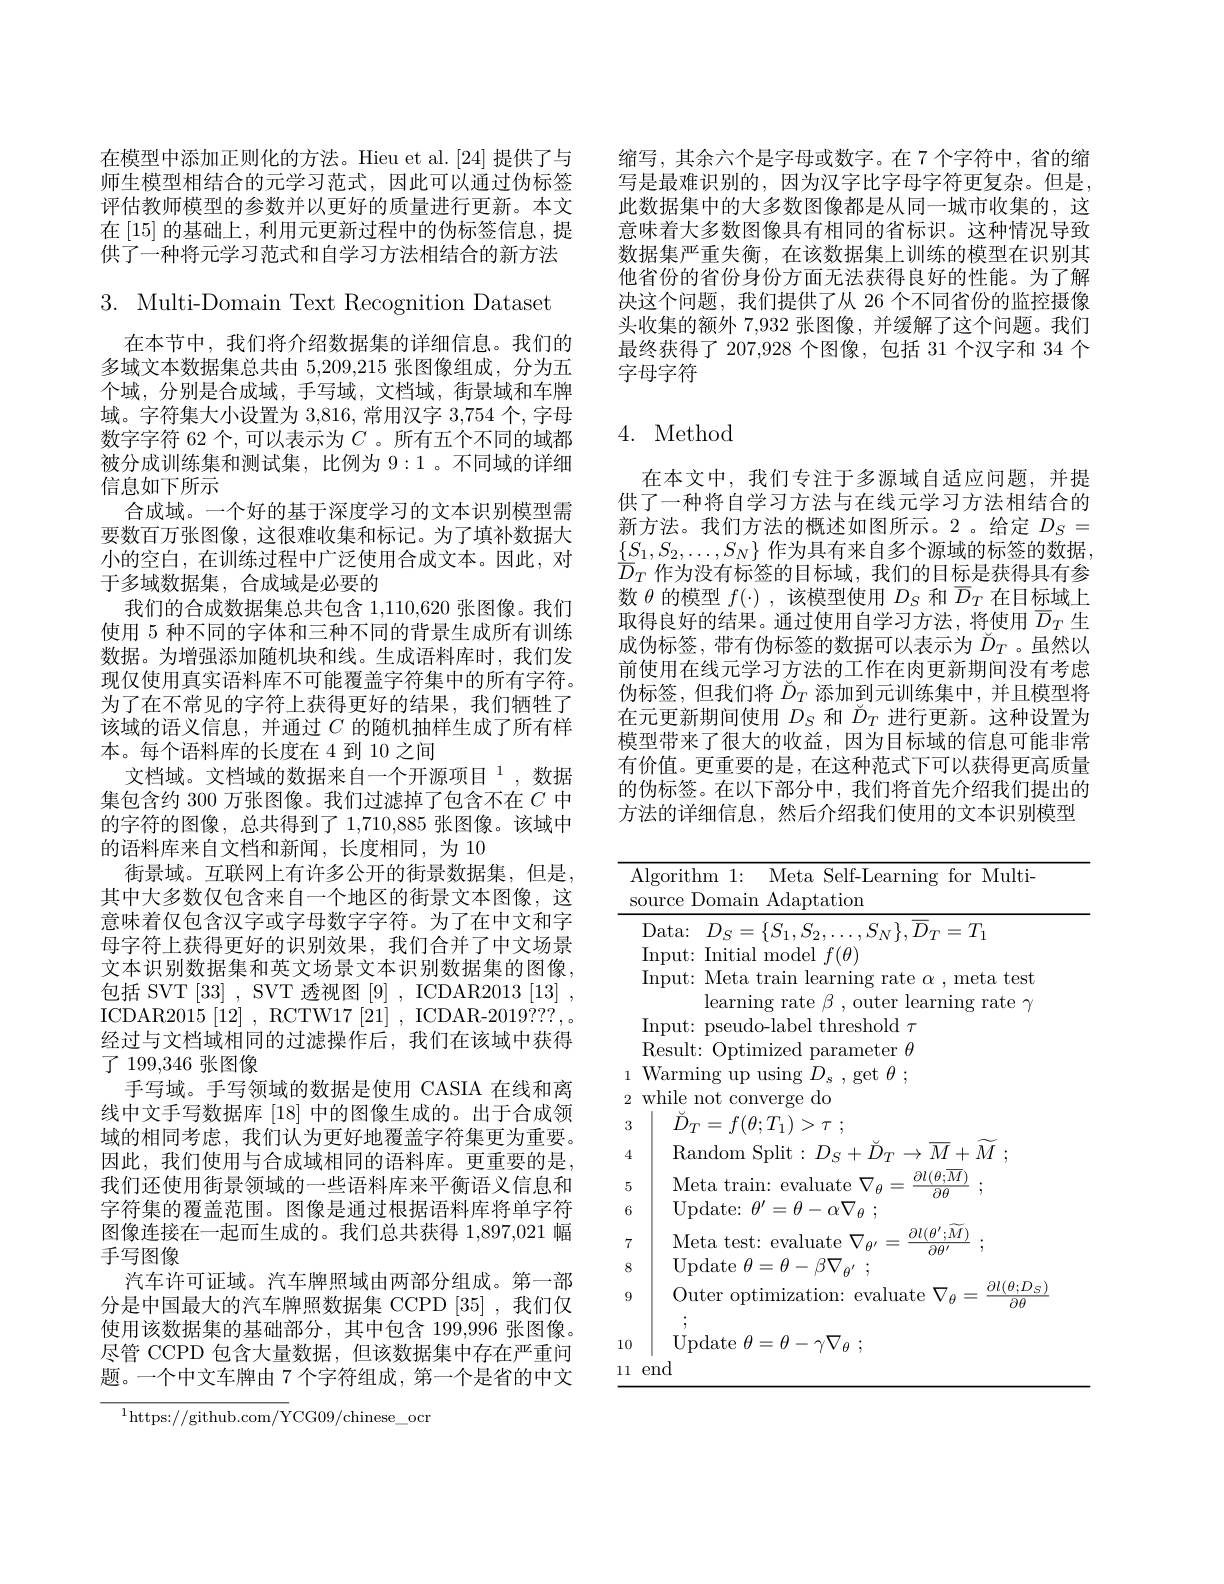
在模型中添加正则化的方法。Hieu et al.[24] 提供了与师生模型相结合的元学习范式，因此可以通过伪标签评估教师模型的参数并以更好的质量进行更新。本文在$\left[15\right]$的基础上，利用元更新过程中的伪标签信息，提供了一种将元学习范式和自学习方法相结合的新方法

3. Multi-Domain Text Recognition Dataset
在本节中，我们将介绍数据集的详细信息。我们的多域文本数据集总共由 5,209,215 张图像组成，分为五个域，分别是合成域，手写域，文档域，街景域和车牌域。字符集大小设置为 3,816, 常用汉字3，754个，字母数字字符 62 个，可以表示为$C$ 。所有五个不同的域都被分成训练集和测试集，比例为 9:1。不同域的详细信息如下所示
合成域。一个好的基于深度学习的文本识别模型需要数百万张图像，这很难收集和标记。为了填补数据大小的空白，在训练过程中广泛使用合成文本。因此，对于多域数据集，合成域是必要的
我们的合成数据集总共包含1，110,620张图像。我们使用 5 种不同的字体和三种不同的背景生成所有训练数据。为增强添加随机块和线。生成语料库时，我们发现仅使用真实语料库不可能覆盖字符集中的所有字符。为了在不常见的字符上获得更好的结果，我们牺牲了该域的语义信息，并通过$C$的随机抽样生成了所有样本。每个语料库的长度在 4 到 10 之间
文档域。文档域的数据来自一个开源项目$^{1}$,数据集包含约 300 万张图像。我们过滤掉了包含不在$C$中的字符的图像，总共得到了 1,710,885 张图像。该域中的语料库来自文档和新闻，长度相同，为 10
街景域。互联网上有许多公开的街景数据集，但是， 其中大多数仅包含来自一个地区的街景文本图像，这意味着仅包含汉字或字母数字字符。为了在中文和字母字符上获得更好的识别效果，我们合并了中文场景文本识别数据集和英文场景文本识别数据集的图像， 包括 SVT [33], SVT 透视图[9], ICDAR2013[13], ICDAR2015 [ 12] , RCTW17 [ 21] , ICDAR- 2019? ? ? , . 经过与文档域相同的过滤操作后，我们在该域中获得了 199,346 张图像
手写域。手写领域的数据是使用 CASIA 在线和离线中文手写数据库[18]中的图像生成的。出于合成领域的相同考虑，我们认为更好地覆盖字符集更为重要。因此，我们使用与合成域相同的语料库。更重要的是， 我们还使用街景领域的一些语料库来平衡语义信息和字符集的覆盖范围。图像是通过根据语料库将单字符图像连接在一起而生成的。我们总共获得 1,897,021 幅手写图像
汽车许可证域。汽车牌照域由两部分组成。第一部分是中国最大的汽车牌照数据集 CCPD [35] ,我们仅使用该数据集的基础部分，其中包含 199,996 张图像。尽管 CCPD 包含大量数据，但该数据集中存在严重问题。一个中文车牌由 7 个字符组成，第一个是省的中文
$^{1}$https://github.com/YCG09/chinese\_ocr

缩写，其余六个是字母或数字。在 7 个字符中，省的缩写是最难识别的，因为汉字比字母字符更复杂。但是， 此数据集中的大多数图像都是从同一城市收集的，这意味着大多数图像具有相同的省标识。这种情况导致数据集严重失衡，在该数据集上训练的模型在识别其他省份的省份身份方面无法获得良好的性能。为了解决这个问题，我们提供了从 26 个不同省份的监控摄像头收集的额外 7,932 张图像，并缓解了这个问题。我们最终获得了 207,928 个图像，包括 31 个汉字和 34 个字母字符

## 4. Method

在本文中，我们专注于多源域自适应问题，并提供了一种将自学习方法与在线元学习方法相结合的新方法。我们方法的概述如图所示。2。给定$D_S=$ $\underline{\{}\underline{S}_1,\underline{S}_2,\ldots,\underline{S}_N\}$ 作为具有来自多个源域的标签的数据， $\bar{D}_T$作为没有标签的目标域，我们的目标是获得具有参数$\theta$的模型$f(\cdot)$ ,该模型使用$D_S$和$\overline D_T$在目标域上取得良好的结果。通过使用自学习方法，将使用$\overline{D}_T$生成伪标签，带有伪标签的数据可以表示为$\check{D}_T$ 。虽然以前使用在线元学习方法的工作在肉更新期间没有考虑伪标签，但我们将$\check{D}_T$添加到元训练集中，并且模型将在元更新期间使用$D_S$和$\check{D}_T$进行更新。这种设置为模型带来了很大的收益，因为目标域的信息可能非常有价值。更重要的是，在这种范式下可以获得更高质量的伪标签。在以下部分中，我们将首先介绍我们提出的方法的详细信息，然后介绍我们使用的文本识别模型

<table>
	<tbody>
		<tr>
			<td>1 S</td>
			<td>somrce lomalr Adaptation</td>
			<td>1444404</td>
		</tr>
		<tr>
			<td> </td>
			<td>$Data:$ $D_{S}=\{S_{1},S_{2},\ldots,S_{N}\},D_{T}=T$ Input: : Initial model $f(\theta)$</td>
			<td>$T_{1}$</td>
		</tr>
		<tr>
			<td> </td>
			<td>$\operatorname*{lllpul}$ LVLE  learning rate $\beta$ , outer learning</td>
			<td>eta test rate $g$ $\gamma$</td>
		</tr>
		<tr>
			<td>1</td>
			<td>Warm 10 1 $rotH.$</td>
			<td> </td>
		</tr>
		<tr>
			<td>$r$ </td>
			<td>1</td>
			<td> </td>
		</tr>
		<tr>
			<td>$L$ $o$</td>
			<td> </td>
			<td> </td>
		</tr>
		<tr>
			<td>3</td>
			<td>$\dot{D} _{T}= f( \theta ; T_{1}) > \tau$ ;</td>
			<td> </td>
		</tr>
		<tr>
			<td>4</td>
			<td>Random Split$:D_{S}+\dot{D}_{T}\to\overline{M}+.$</td>
			<td>$M$</td>
		</tr>
		<tr>
			<td>5</td>
			<td>Meta train: evaluate $\nabla_{\theta}$ $\partial l(\theta;M)$  $\partial\theta$</td>
			<td> </td>
		</tr>
		<tr>
			<td>6</td>
			<td>Update:  $\theta ^{\prime }= \theta - \alpha \nabla _{\theta }$ ;</td>
			<td> </td>
		</tr>
		<tr>
			<td>7</td>
			<td>$\partial l(\theta^{\prime};M)$ Meta test: evaluate  $\nabla_{\theta^\prime}$ $\cdot=$ $\overline{\partial\rho^{\prime}}$</td>
			<td>1 1</td>
		</tr>
		<tr>
			<td>8</td>
			<td>$\operatorname { Update} \theta = \theta - \beta \nabla _{\theta ^{\prime }}$ ;</td>
			<td> </td>
		</tr>
		<tr>
			<td>9</td>
			<td>Outer optimization: evaluate $\nabla_{\theta}=$</td>
			<td>$\partial l(\theta;D_{S}$ $\overline{\partial\theta}$</td>
		</tr>
		<tr>
			<td>10</td>
			<td>Update $\theta = \theta - \gamma \nabla _{\theta }$ ;</td>
			<td> </td>
		</tr>
		<tr>
			<td>ll   </td>
			<td>end</td>
			<td> </td>
		</tr>
	</tbody>
</table>